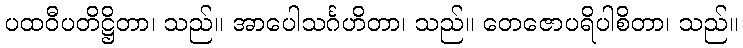
ပထဝီပတိဋ္ဌိတာ၊ သည်။ အာပေါသင်္ဂဟိတာ၊ သည်။ တေဇောပရိပါစိတာ၊ သည်။